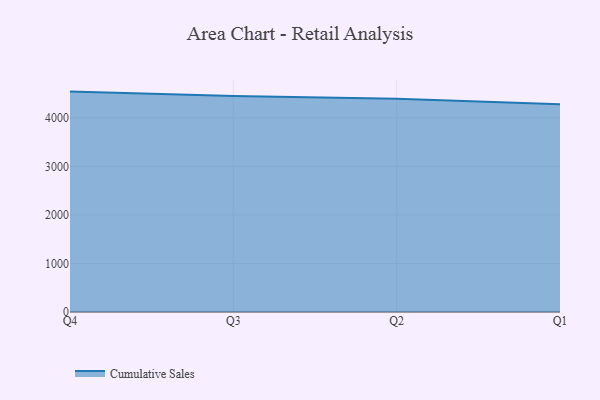
{"axis": {"x": "Quarter", "y": "Website Visitors"}, "legend": ["Cumulative Sales"], "data": [{"x": "Q4", "y": 4540.0, "type": "Cumulative Sales"}, {"x": "Q3", "y": 4451.3, "type": "Cumulative Sales"}, {"x": "Q2", "y": 4393.8, "type": "Cumulative Sales"}, {"x": "Q1", "y": 4280.4, "type": "Cumulative Sales"}]}